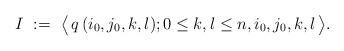
LaTeX: \begin{align*} I\ :=\ \big\langle\, q\,(i_0,j_0,k,l);0\le k,l\le n,i_0,j_0,k,l\,\big\rangle. \end{align*}